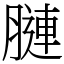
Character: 𦟪